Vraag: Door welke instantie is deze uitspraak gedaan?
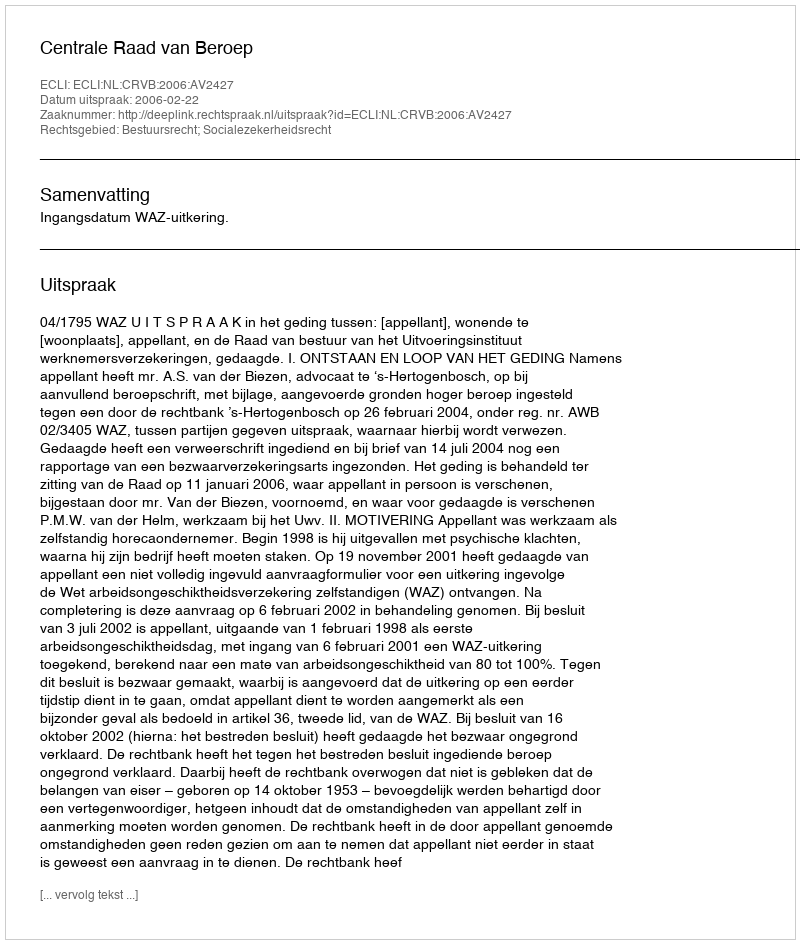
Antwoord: Centrale Raad van Beroep